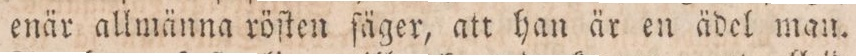
enär allmänna röſten ſäger, att han är en ädel man.